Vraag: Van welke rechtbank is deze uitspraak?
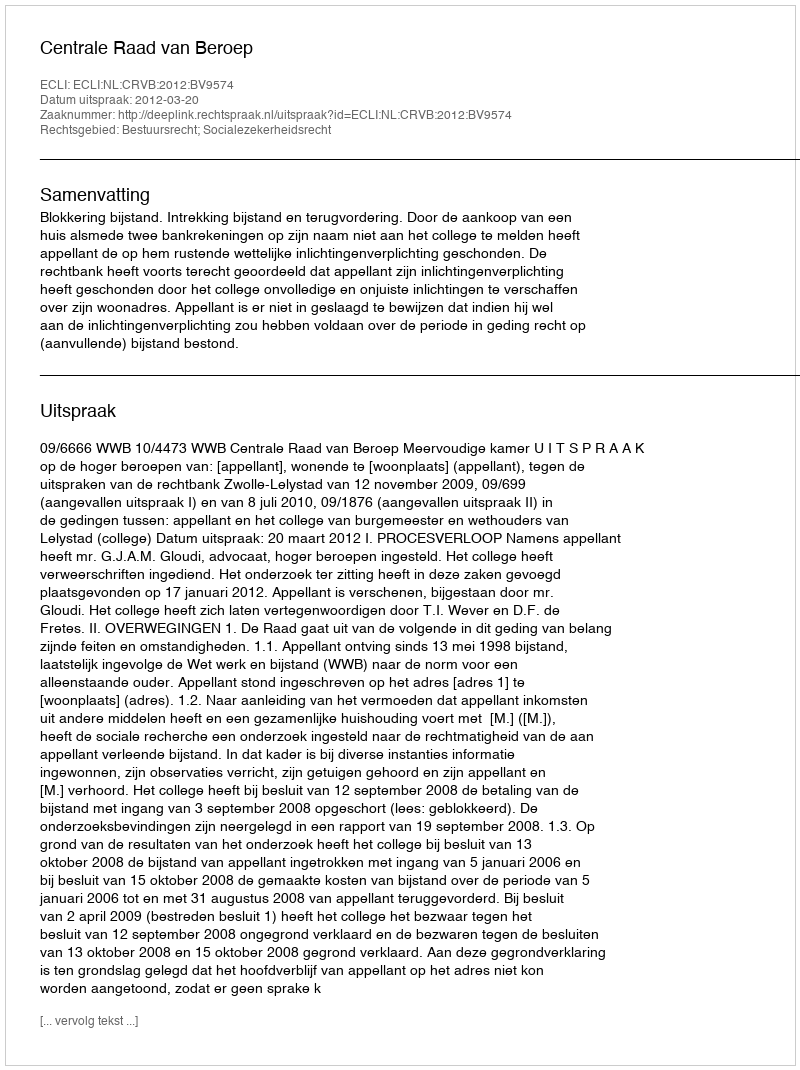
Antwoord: Centrale Raad van Beroep